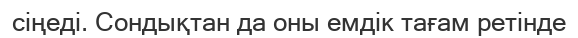
сіңеді. Сондықтан да оны емдік тағам ретінде